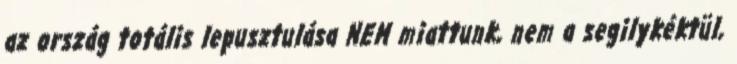
az ország totális lepusztulása NEM miattunk, nem a segilykéktül,